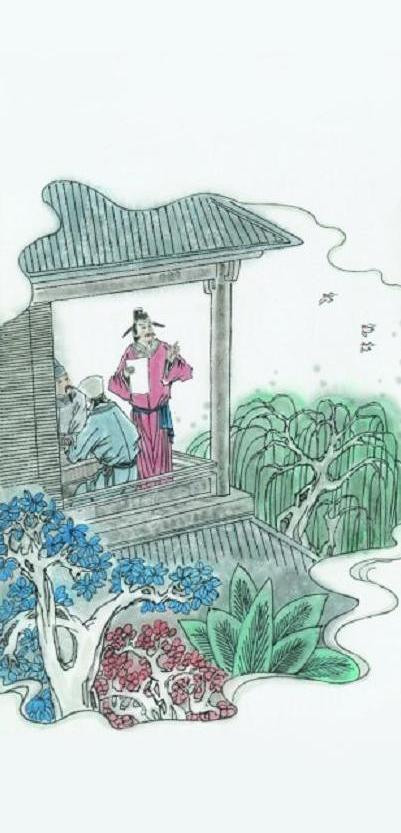
雨湿花房，风斜燕子，池阁昼长春晚。